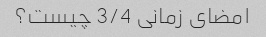
امضای زمانی 3/4 چیست؟